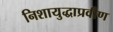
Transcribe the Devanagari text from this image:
निशायुद्धाप्रवीण